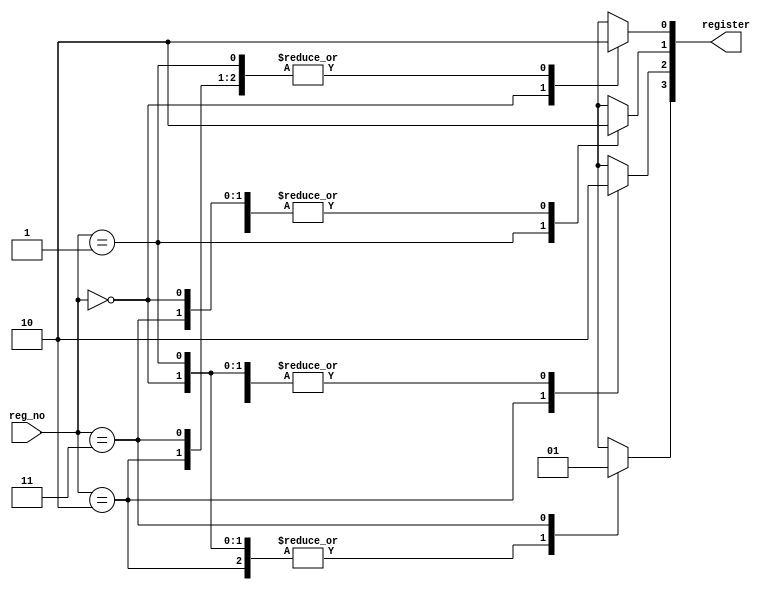
module decoder2_4(register,reg_no);

input [1:0] reg_no;
output [3:0] register;
reg [3:0] register;

always @(reg_no)
begin
	case(reg_no)
	
		2'b00: 
		begin
		register[0] = 1'b1;
		register[1] = 1'b0;
		register[2] = 1'b0;
		register[3] = 1'b0;
		end
	
		2'b01:
		begin
		register[0] = 1'b0;
		register[1] = 1'b1;
		register[2] = 1'b0;
		register[3] = 1'b0;
		end
		
		2'b10:
		begin
		register[0] = 1'b0;
		register[1] = 1'b0;
		register[2] = 1'b1;
		register[3] = 1'b0;
		end
		
		2'b11:
		begin
		register[0] = 1'b0;
		register[1] = 1'b0;
		register[2] = 1'b0;
		register[3] = 1'b1;
		end
	
	endcase
end
endmodule